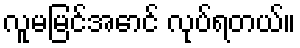
လူမမြင်အောင် လုပ်ရတယ်။